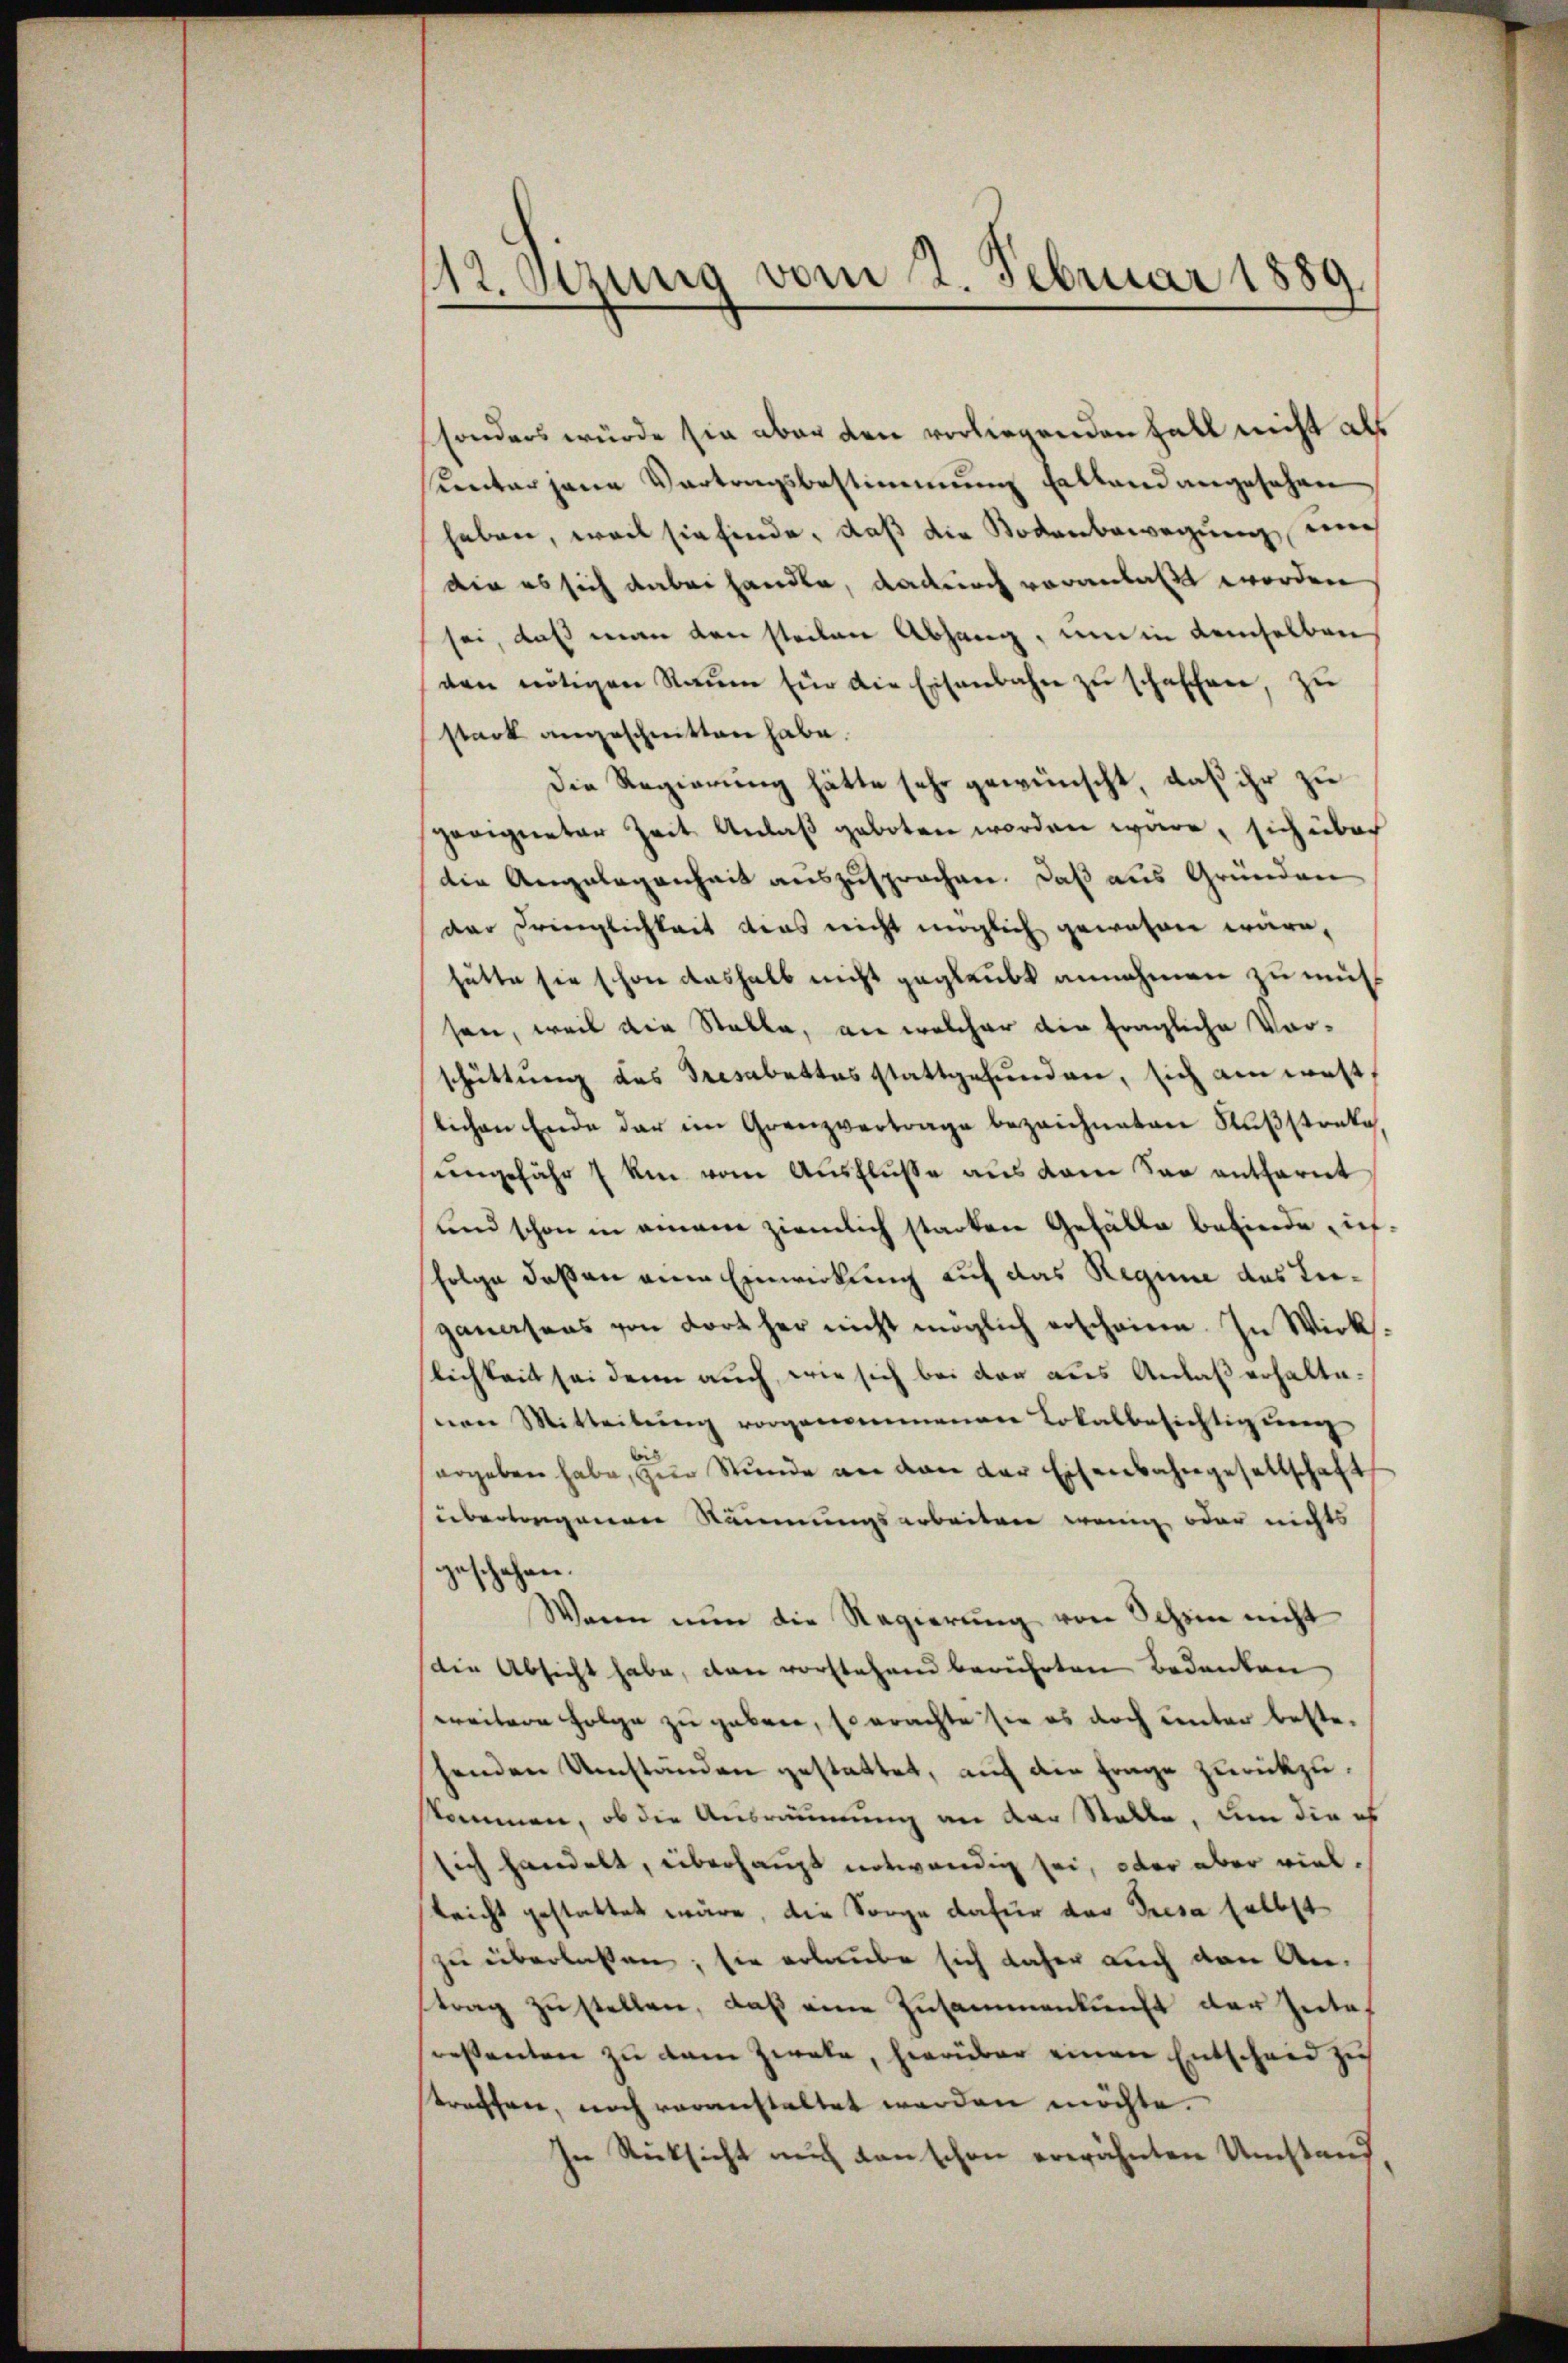
12. Sitzung vom 2. Februar 1889

sonders würde sie aber den vorliegenden Fall nicht als
sunter jene Vertragsbestimmung Erstand angesehen
haben, weil sie finde, daß die Bodenbewegung mich
die es sich dabei handle, dadurch voranlaßt worden
sei, daß man den steilen Abhang, um in demselben
ven nötigen Raŭm für die Eisenbahn zŭ schaffen, zu
stark angeschnitten habe.
Die Regierung hätte sehr gewünscht, daß ihr zu
geeigneter Zeit Anlaß geboten worden wäre, sich über
die Angelegenheit auszusprochen. Daß aus Gründen
dar Dringlichkeit das nicht möglich gewesen wäre,
hätte sie schon deshalb nicht geglaubt annehmen zu müssen, weil die Stelle, an welcher die fragliche Vorschüttung des Tresabettes stattgefunden, sich ain westlichen Ende der im Grenzvertrage bezeichneten Fußstanke,
ungefähr 7 Um vom Ausfluße aus dem San entfernt
und schon in einem ziemlich starken Gefälle befinde, in¬
Folge deßen eine Einwirkung auf das Regine das Leeganasens von dort her nicht möglich erscheine. In Wirklichkeit sei denn auch, wie sich bei der aus Anlaß erhalteven Mitteilŭng vorgenommenen Lokalbesichtigung
is
ergeben habe, zur Stunde an den der Eisenbahngesellschaft
übertragenen Räumungsarbeiten wenig oder nichts
geschehen.
Wann nun die Regierŭng von Schein nicht
die Absicht habe, den vorstehend berührten Bedenken,
weitere Folge zu geben, so erachte sie es doch unter bestehenden Umständen gestattet, auf die Frage zurückzuskommen, ob die Ausräumung an der Stalle, um die es
sich handelt, überhaupt notwendig sei, oder aber viellricht gestattet wäre, die Sorge dafür das Presa selbst
zu überlaßen; sie erlaube sich daher auch den An-
trag zu stellen, daß eine Zusammenkunft der Interessanten zu dem Zwate, hierüber einen Entscheid zu
straffen, noch voranstaltet werden möchte.
In Rücksicht auch danschen erwähnten Umstand